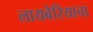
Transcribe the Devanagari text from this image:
लायबेरियाचा